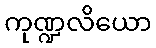
ကုဏ္ဍလိယော